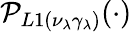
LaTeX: \mathcal{P}_{L1(\nu_{\lambda}\gamma_{\lambda})}(\cdot)